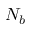
N _ { b }